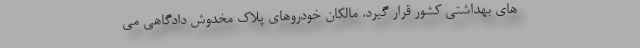
های بهداشتی کشور قرار گیرد. مالکان خودروهای پلاک مخدوش دادگاهی می